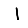
Digit: 1